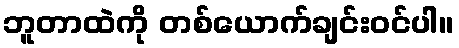
ဘူတာထဲကို တစ်ယောက်ချင်းဝင်ပါ။